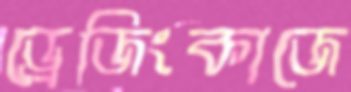
ড্রেজিংকাজে